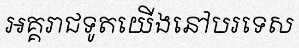
អគ្គរាជទូតយើងនៅបរទេស